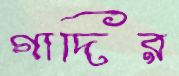
গাদির